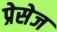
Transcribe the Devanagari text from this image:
प्रेसेज